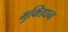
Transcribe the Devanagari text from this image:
मुक्तिधन